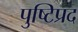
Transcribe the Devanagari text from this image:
पुष्टिप्रद